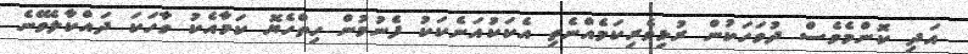
އަދި ކޮންމެވެސް ދުވަހަކުން ރުޅިވެރިކަމެއްނެތި އެކަކުއަނެކަކު ފެނުމުން ހިތްހެޔޮ ކަމާއެކު ވާހަކަ ދައްކާލެވޭނެ